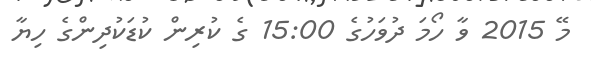
މޭ 2015 ވާ ހޯމަ ދުވަހުގެ 15:00 ގެ ކުރިން ކުޑަކުދިންގެ ހިޔާ